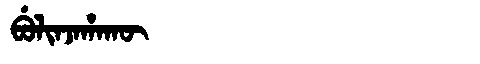
Manchu: ᠪᡠᠯᡳᠨᠵᠠᡥᠠᡴᡡ
Romanization: BULINJAHAKŪ